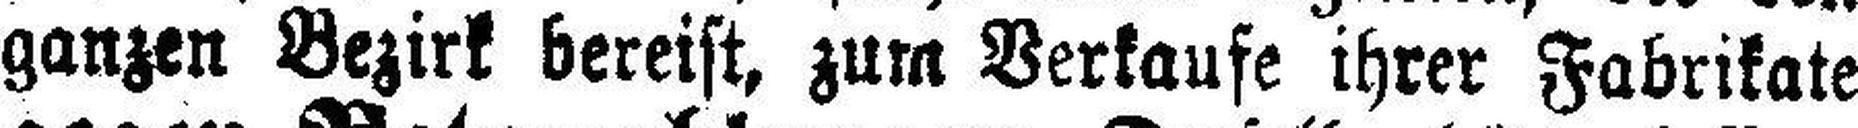
ganzen Bezirk bereist, zum Verkaufe ihrer Fabrikate